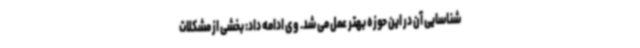
شناسایی آن در این حوزه بهتر عمل می شد. وی ادامه داد: بخشی از مشکلات